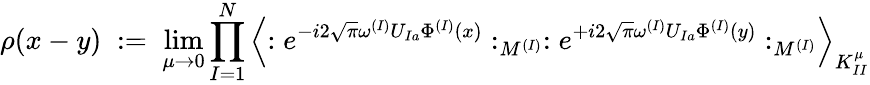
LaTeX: \rho(x-y)\; :=\; \operatorname*{lim}_{\mu\rightarrow 0}\prod_{I=1}^{N}\left\langle:e^{-i2\sqrt{\pi}\omega^{(I)}U_{Ia}\Phi^{(I)}(x)}:_{M^{(I)}}:e^{+i2\sqrt{\pi}\omega^{(I)}U_{Ia}\Phi^{(I)}(y)}:_{M^{(I)}}\right\rangle_{K_{II}^{\mu}}